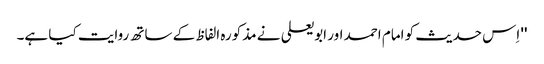
'' اِس حدیث کو امام احمد اور ابو یعلی نے مذکورہ الفاظ کے ساتھ روایت کیا ہے۔